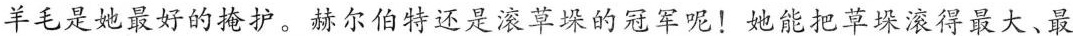
羊毛是她最好的掩护。赫尔伯特还是滚草垛的冠军呢！她能把草垛滚得最大、最